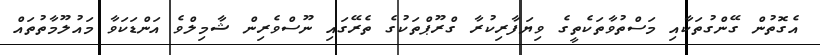
އެގޮތުން ގޭންގުތަކާއި މަސްތުވާތަކެތީގެ ވިޔަފާރިކުރާ ގްރޫޕްތަކުގެ ތެރޭގައި ނޫސްވެރިން ޝާމިލްވެ އަންޑަކަވާ މައުލޫމާތުތައް